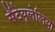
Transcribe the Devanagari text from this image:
सैंटेयूलेलिया